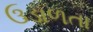
ઉડાળતા